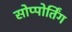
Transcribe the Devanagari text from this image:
सोप्पोर्तिंग